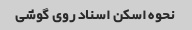
نحوه اسکن اسناد روی گوشی